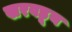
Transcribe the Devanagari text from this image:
खरवडून